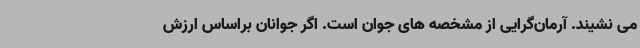
می نشیند. آرمان‌گرایی از مشخصه های جوان است. اگر جوانان براساس ارزش